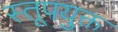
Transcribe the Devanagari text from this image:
स्तूपयुक्त